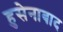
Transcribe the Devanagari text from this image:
हुसेनाबाद